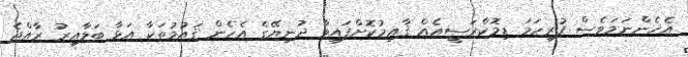
އެހެންނަމަވެސް ފުރިހަމަ ޑިމޮކްރަސީއެއް ޤާއިމުކޮށްފައިވާ ދުނިޔޭގެ އެހެން ޤައުމުތަކާ އަޅާ ބަލާއިރު ރާއްޖެ